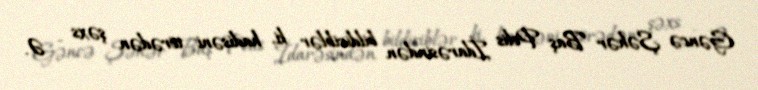
Gəncə Şəhər Baş Polis İdarəsindən bildiriblər ki, hadisəni törədən şəxs - Ə.